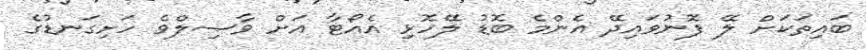
ބައިތަކަށް ލޭ ފޮނުވައިދޭ އެންމެ ބޮޑު ލޭހޮޅި އެއޯޓާ އަށް ވާޞިލްވެ ހަށިގަނޑުގެ